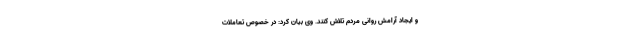
و ایجاد آرامش روانی مردم تلاش کنند. وی بیان کرد: در خصوص تعاملات